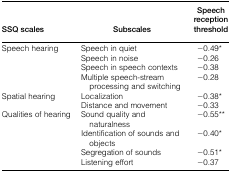
| SSQ scales | Subscales | Speech reception threshold |
 | --- | --- | --- |
 | Speech hearing | Speech in quiet | −0.49* |
 |  | Speech in noise | −0.26 |
 |  | Speech in speech contexts | −0.38 |
 |  | Multiple speech-stream processing and switching | −0.28 |
 | Spatial hearing | Localization | −0.38* |
 |  | Distance and movement | −0.33 |
 | Qualities of hearing | Sound quality and naturalness | −0.55** |
 |  | Identification of sounds and objects | −0.40* |
 |  | Segregation of sounds | −0.51* |
 |  | Listening effort | −0.37 |